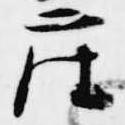
座